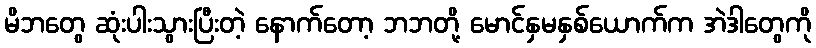
မိဘတွေ ဆုံးပါးသွားပြီးတဲ့ နောက်တော့ ဘဘတို့ မောင်နှမနှစ်ယောက်က အဲဒါတွေကို